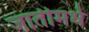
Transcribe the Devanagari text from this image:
जातीमधे